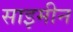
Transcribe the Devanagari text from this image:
साइमीन